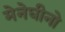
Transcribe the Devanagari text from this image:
मेनेघीनो